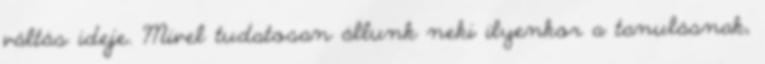
váltás ideje. Mivel tudatosan állunk neki ilyenkor a tanulásnak,